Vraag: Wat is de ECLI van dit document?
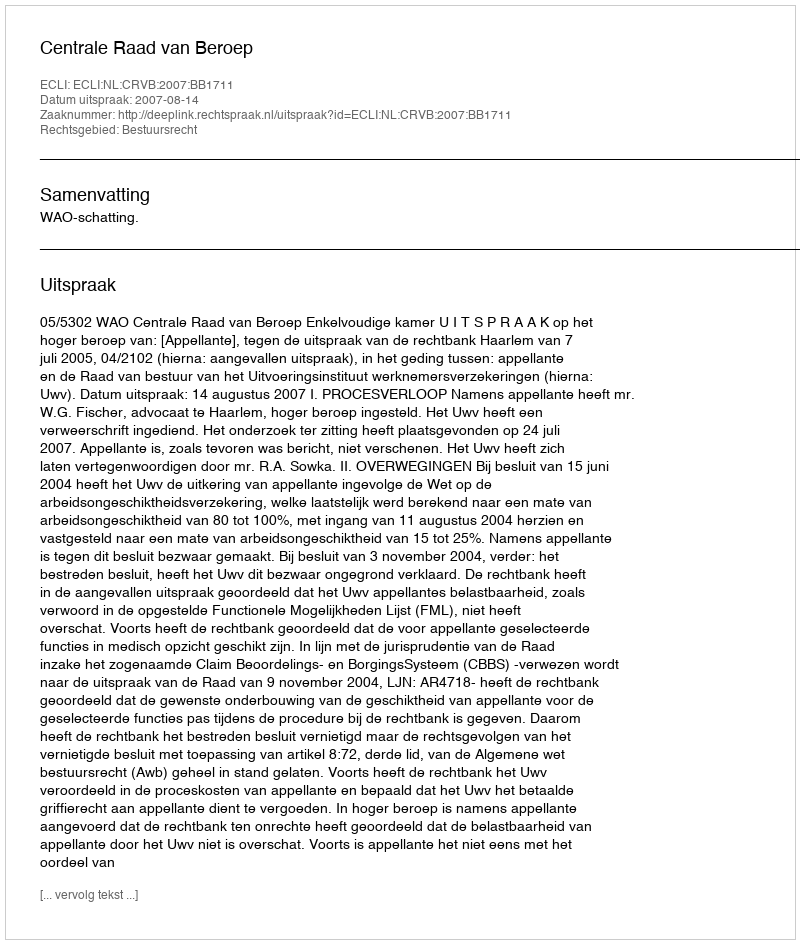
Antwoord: ECLI:NL:CRVB:2007:BB1711